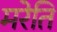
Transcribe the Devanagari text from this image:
मरेति